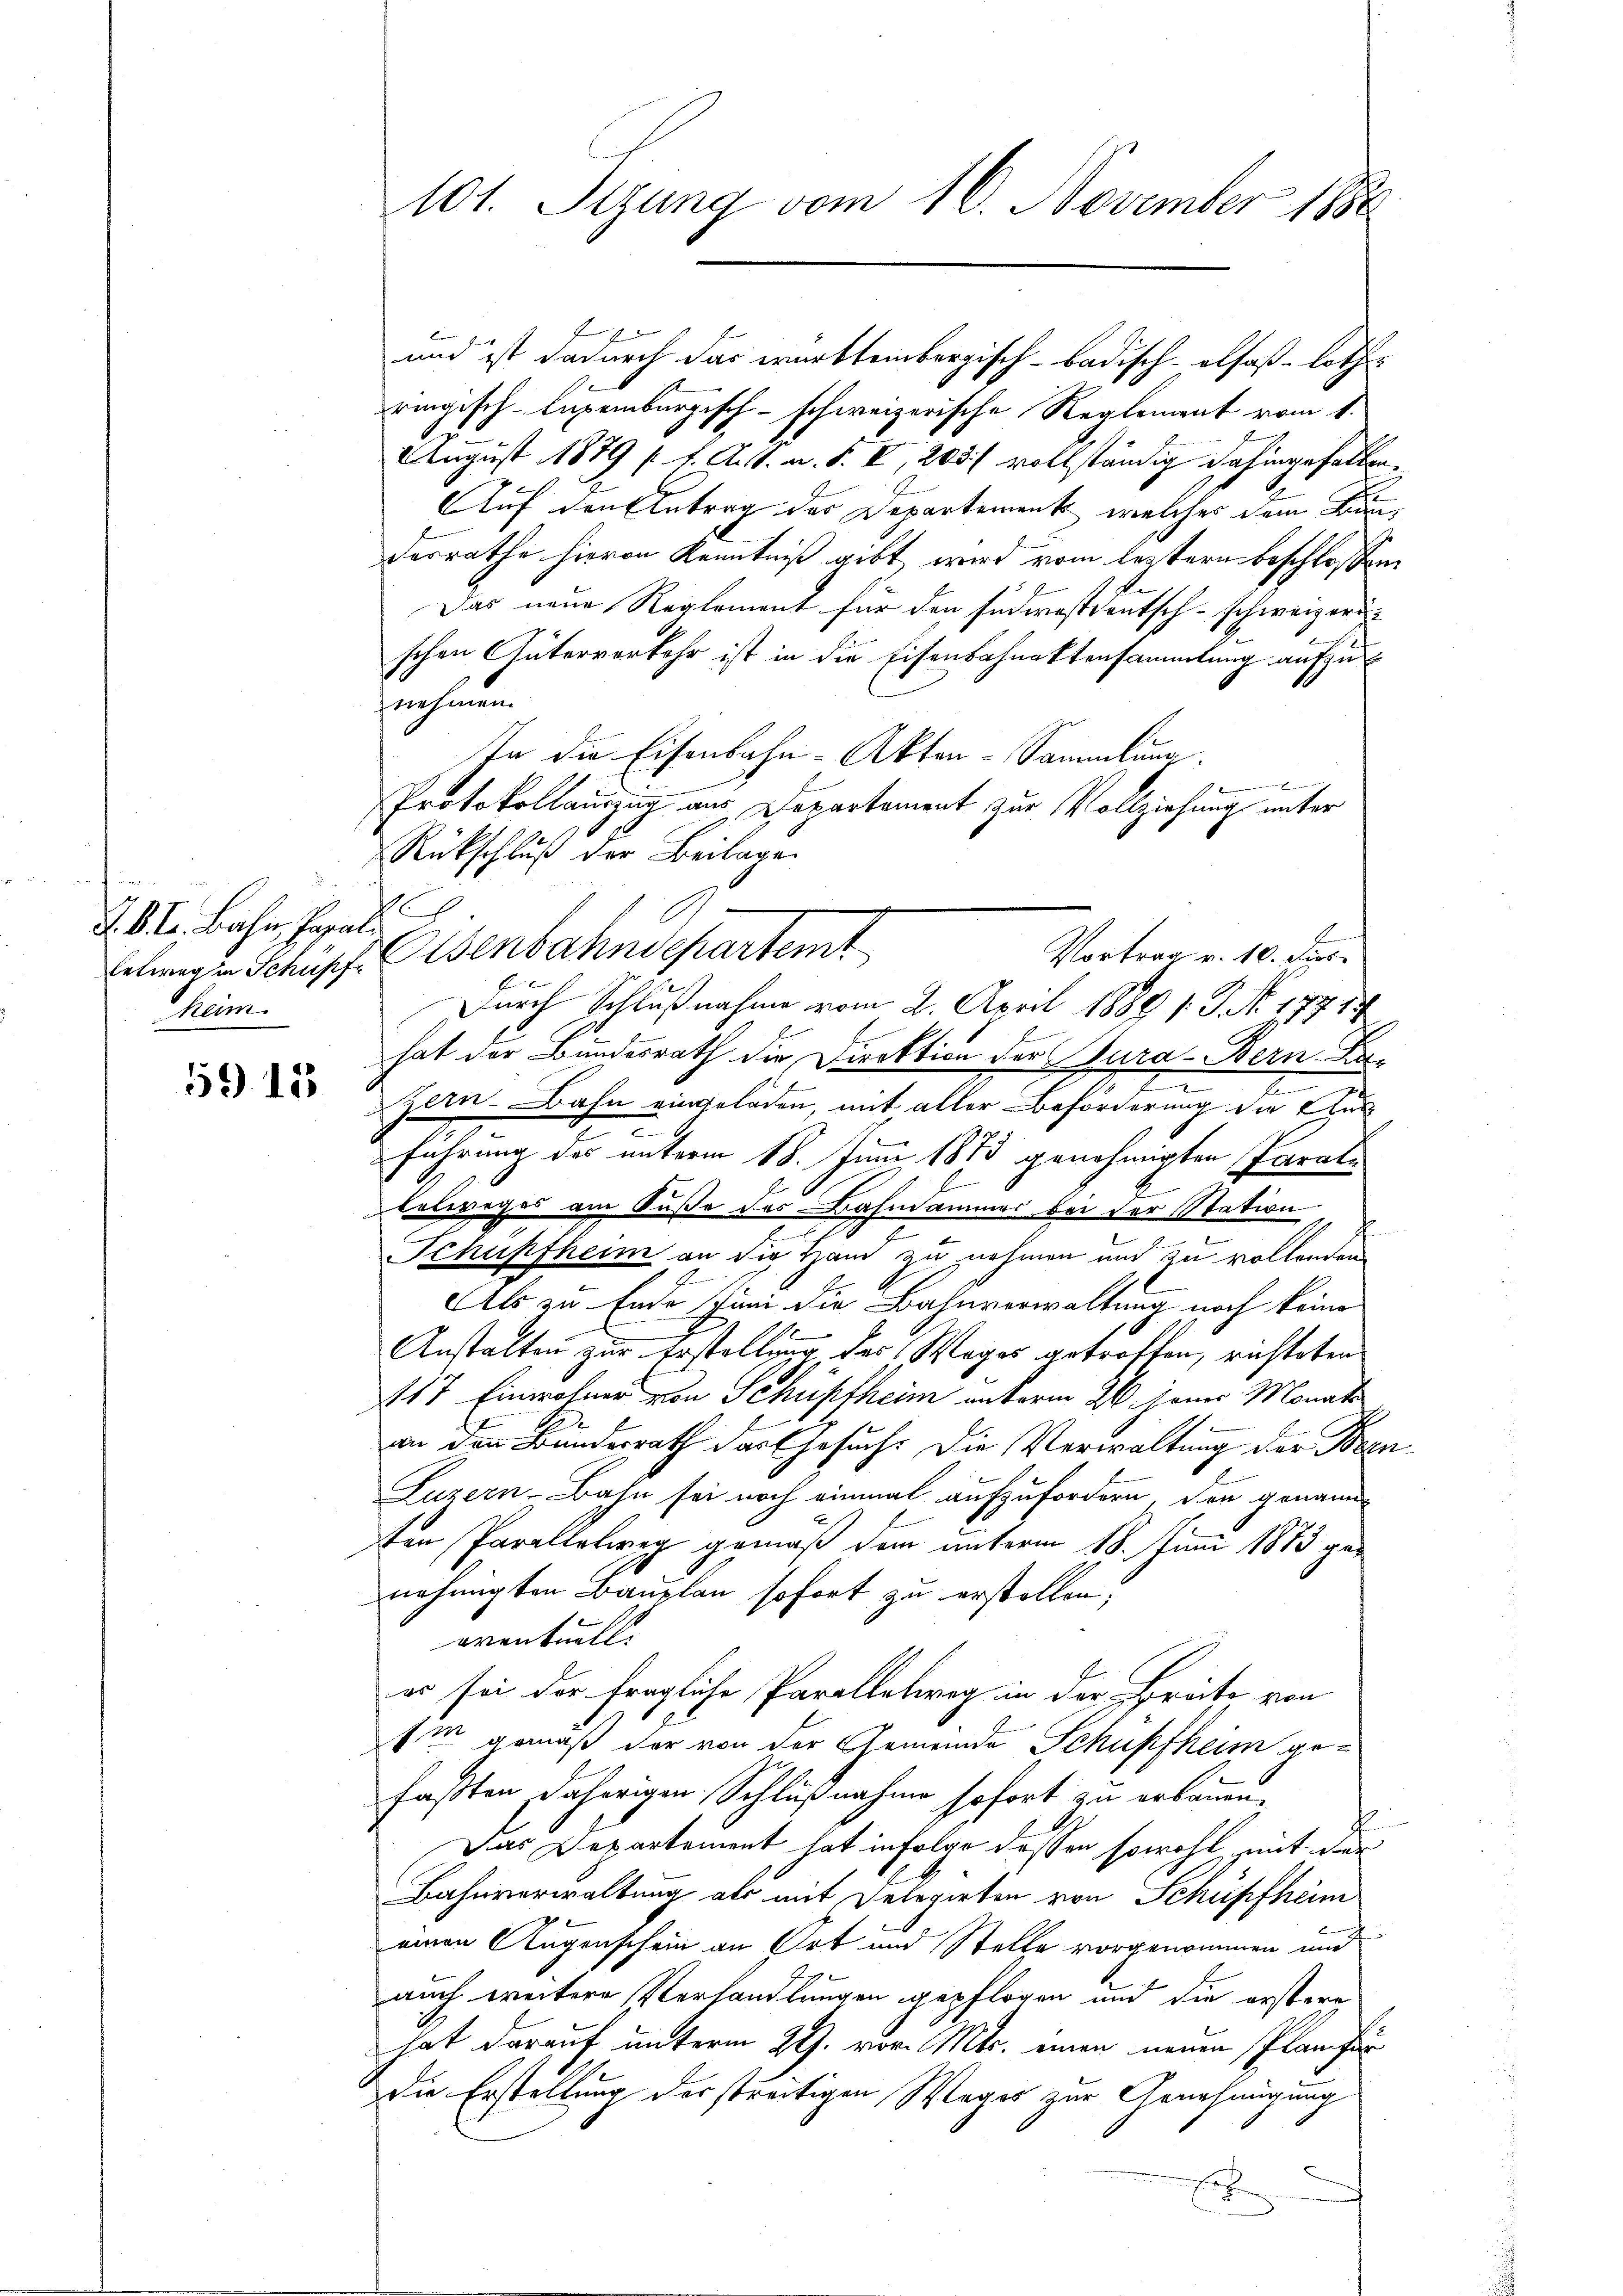
J. B. L. Bahn, Jasal
heim.

59 15

und ist dadurch das württembergisch-badisch-olsaß-Loth
ringisch-luxenburgisch-schweizerische Reglement vom 1.
.
August 1879 ff. A. S. a. S. I, 203 vollständig dahingehalten
Auf den Antrag des Departement, welches dem Bunderrathe hievon Kenntniß gibt, wird vom letztern beschlossen
Das neue Reglement für den südwestdeutsch-schweizerischen Güterverkehr ist in die Eisenbahnaktensammlung aufzunehmen.
In die Eisenbahn-Akten-Sammlung
 Gericht gar
Protokollauszug aus Departement zur Vollziehung unter
Rückschluß der Beilage
.
lweg in Schupf. Eisenbahndepartemt
Durch Schlußnahme vom 2. April 1889 s. S. Nr. 17714
hat der Bundesrath die Direktion der Kura-Bern Be-
Zern-Bahn eingeladen, mit aller Beförderung die Aus¬
.
e
führung des unterm 18. Juni 1873 genehmigten Parale
l
lolweges am Fuße des Bahnammer bei der Station
Schüpfheim an die Ham zu nehmen und zu vollenden
Als zu Ende Juni die Bahnverwaltung noch keine
Anstalten zur Erstellung des Weges getroffen, richteten
117 Einwohner von Schüpfheim anterm 26. Jenes Monat
an den Bundesrath das Gesuch. Die Verwaltung der Been¬
Puzern-Bahn sei noch einmal aufzufordern der genannten Parallelweg gemäß dem unterm 18. Juni 1873 genehmigten Bauplan sofort zu erstellen;
aventuell
er sei der fragliche Paralletweg in der Bräte von
Im gemäß der von der Gemeinde Schupfheim gefaßten daherigen Schlußnahme sofort zu erkannen.
t
Das Departement hat infolge dessen sowohl, mit der
Bahnverwaltung als mit Delegirten von Schüpfheim
einen Augenschein an Ort und Stelle vorgenommen und
auch weitere Verhandlungen gepflogen und die erstere
hat darauf unterm 29. vor. Mts. einen neuen Plan fin
Die Erstellung der streitigen Weges zur Genehmigung
E

101. Sizung vom 16. November 1880

d
Vortrag v. 10. dies